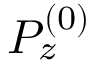
P _ { z } ^ { \left( 0 \right) }